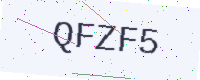
Text: QFZF5